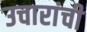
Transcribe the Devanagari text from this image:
उचारांची